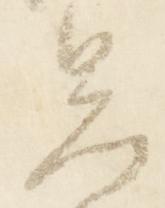
暑